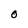
Character: O